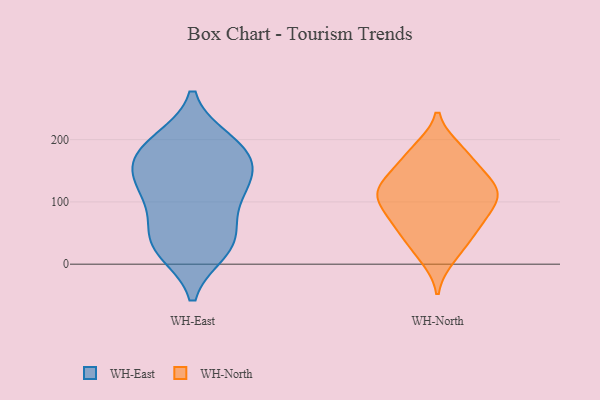
{"axis": {"x": "Demand Index", "y": "Value"}, "legend": ["WH-East", "WH-North"], "data": [{"x": "", "y": 176, "type": "WH-East"}, {"x": "", "y": 182, "type": "WH-East"}, {"x": "", "y": 145, "type": "WH-East"}, {"x": "", "y": 94, "type": "WH-East"}, {"x": "", "y": 23, "type": "WH-East"}, {"x": "", "y": 132, "type": "WH-East"}, {"x": "", "y": 139, "type": "WH-East"}, {"x": "", "y": 29, "type": "WH-East"}, {"x": "", "y": 188, "type": "WH-East"}, {"x": "", "y": 109, "type": "WH-East"}, {"x": "", "y": 43, "type": "WH-East"}, {"x": "", "y": 39, "type": "WH-East"}, {"x": "", "y": 196, "type": "WH-East"}, {"x": "", "y": 135, "type": "WH-North"}, {"x": "", "y": 184, "type": "WH-North"}, {"x": "", "y": 110, "type": "WH-North"}, {"x": "", "y": 20, "type": "WH-North"}, {"x": "", "y": 59, "type": "WH-North"}, {"x": "", "y": 116, "type": "WH-North"}, {"x": "", "y": 94, "type": "WH-North"}, {"x": "", "y": 107, "type": "WH-North"}, {"x": "", "y": 143, "type": "WH-North"}, {"x": "", "y": 109, "type": "WH-North"}, {"x": "", "y": 117, "type": "WH-North"}, {"x": "", "y": 77, "type": "WH-North"}, {"x": "", "y": 68, "type": "WH-North"}, {"x": "", "y": 181, "type": "WH-North"}, {"x": "", "y": 153, "type": "WH-North"}, {"x": "", "y": 178, "type": "WH-North"}, {"x": "", "y": 42, "type": "WH-North"}, {"x": "", "y": 60, "type": "WH-North"}, {"x": "", "y": 11, "type": "WH-North"}, {"x": "", "y": 121, "type": "WH-North"}]}